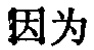
因为